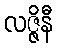
လဇ္ဇိနီ